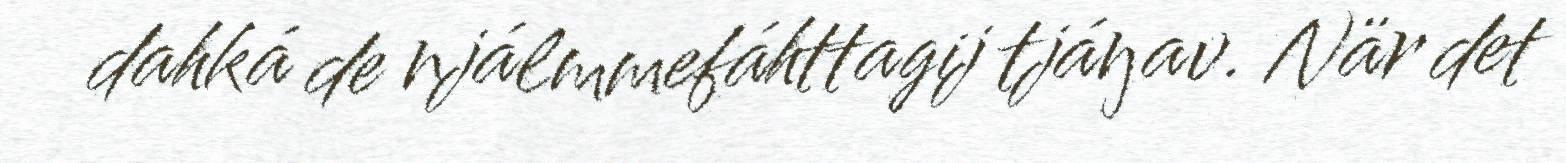
dahká de njálmmefáhttagij tjáŋav. När det